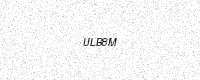
Text: ULB8M